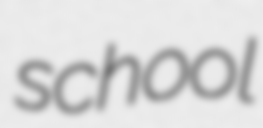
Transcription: school